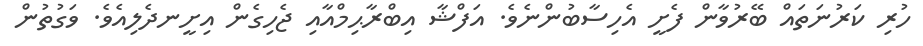
ހުރި ކަރުނަތައް ބޭރުވާން ފެށީ އެހިސާބުންނެވެ. އަފްޝާ އިބްރާޙިމްއާއި ޖެހިގެން އިށީނދެލިއެވެ. ވަގުތުން